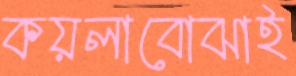
কয়লাবোঝাই